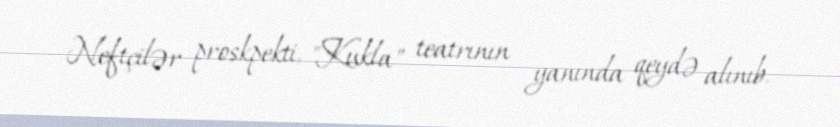
Neftçilər proskpekti, "Kukla" teatrının yanında qeydə alınıb.